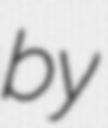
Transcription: by